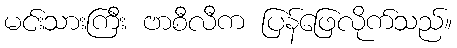
မင်းသားကြီး ဗာစီလီက ပြန်ဖြေလိုက်သည်။